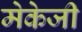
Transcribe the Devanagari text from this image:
मेकेजी